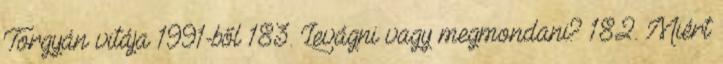
Torgyán vitája 1991-ből 183. Levágni vagy megmondani? 182. Miért